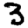
Digit: 3